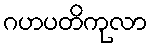
ဂဟပတိကုလာ